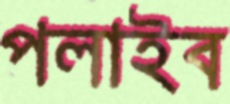
পলাইব